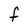
Character: f